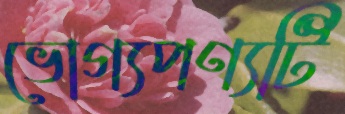
ভোগ্যপণ্যটি